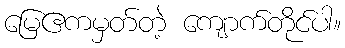
မြေဧကမှတ်တဲ့ ကျောက်တိုင်ပါ။